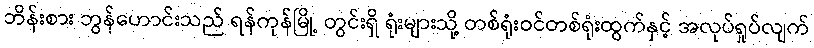
ဘိန်းစား ဘွန်ဟောင်းသည် ရန်ကုန်မြို့ တွင်းရှိ ရုံးများသို့ တစ်ရုံးဝင်တစ်ရုံးထွက်နှင့် အလုပ်ရှုပ်လျက်